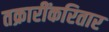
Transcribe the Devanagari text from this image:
तक्रारींकरितार